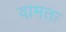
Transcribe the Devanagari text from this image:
वामतः